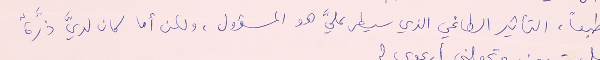
طبعاً التأثير الطاغي الذي سيطر عليَّ هو المسؤول، ولكن أما كان لديَّ ذرَّة